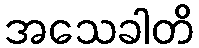
အသေခါတိ